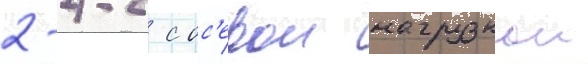
2-4-2 с ос'евои нагрузкои